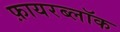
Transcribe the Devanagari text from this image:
फ़ायरब्लॉक